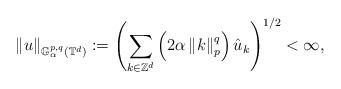
LaTeX: \begin{align*}\left\Vert u\right\Vert _{\mathbb{G}_{\alpha}^{p,q}(\mathbb{T}^{d})} := \left(\sum_{k\in \mathbb{Z}^{d}}\left(2\alpha \left\Vert k\right\Vert^{q}_{p} \right)\hat{u}_{k}\right)^{1/2} < \infty,\end{align*}